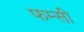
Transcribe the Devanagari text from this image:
फम्सी